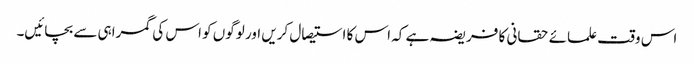
اس وقت علمائے حقانی کا فریضہ ہے کہ اس کا استیصال کریں اور لوگوں کو اس کی گمراہی سے بچائیں۔